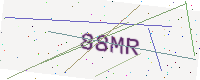
Text: 88MR